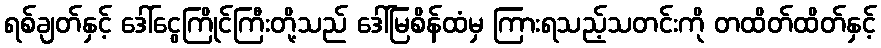
ရစ်ချတ်နှင့် ဒေါ်ငွေကြိုင်ကြီးတို့သည် ဒေါ်မြစိန်ထံမှ ကြားရသည့်သတင်းကို တထိတ်ထိတ်နှင့်